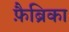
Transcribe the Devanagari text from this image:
फ़ैब्रिका